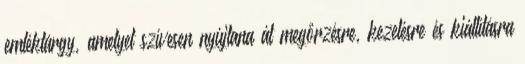
emléktárgy, amelyet szívesen nyújtana át megőrzésre, kezelésre és kiállításra